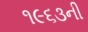
૧૯૬૩ની